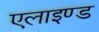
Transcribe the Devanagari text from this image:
एलाइण्ड